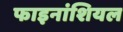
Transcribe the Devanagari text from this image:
फाइनांशियल